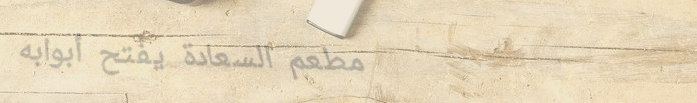
مطعم السعادة يفتح أبوابه